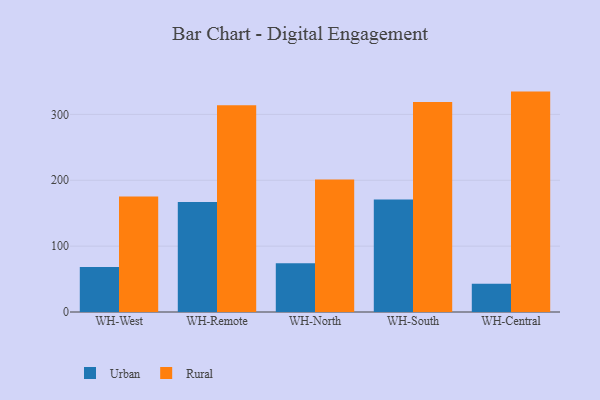
{"axis": {"x": "Warehouse", "y": "Headcount"}, "legend": ["Rural", "Urban"], "data": [{"x": "WH-West", "y": 68.2, "type": "Urban"}, {"x": "WH-West", "y": 175.5, "type": "Rural"}, {"x": "WH-Remote", "y": 166.9, "type": "Urban"}, {"x": "WH-Remote", "y": 313.8, "type": "Rural"}, {"x": "WH-North", "y": 73.9, "type": "Urban"}, {"x": "WH-North", "y": 201.2, "type": "Rural"}, {"x": "WH-South", "y": 170.9, "type": "Urban"}, {"x": "WH-South", "y": 318.9, "type": "Rural"}, {"x": "WH-Central", "y": 42.7, "type": "Urban"}, {"x": "WH-Central", "y": 334.6, "type": "Rural"}]}